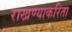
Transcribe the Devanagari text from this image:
राखण्याकरिता